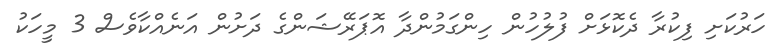
ހަރުކަށި ފިކުރާ ދެކޮޅަށް ފުލުހުން ހިންގަމުންދާ އޮޕަރޭޝަންގެ ދަށުން އަނެއްކާވެސް 3 މީހަކު